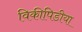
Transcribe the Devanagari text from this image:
विकीपिडीया